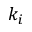
k _ { i }